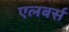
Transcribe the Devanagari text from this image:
एलबर्स